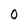
Character: 0